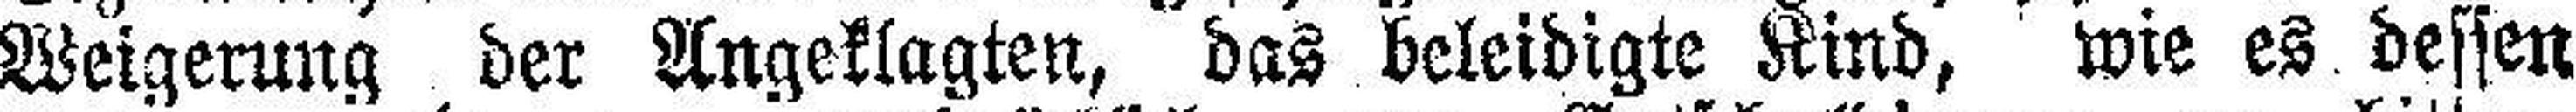
Weigerung der Angeklagten, das beleidigte Kind, wie es dessen